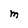
Character: M